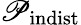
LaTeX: \mathscr{P}_{\mathrm{{indist}}}